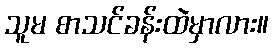
သူမ စာသင်ခန်းထဲမှာလား။